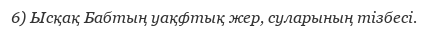
6) Ысқақ Бабтың уақфтық жер, суларының тізбесі.